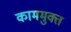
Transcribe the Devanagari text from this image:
काममुक्त